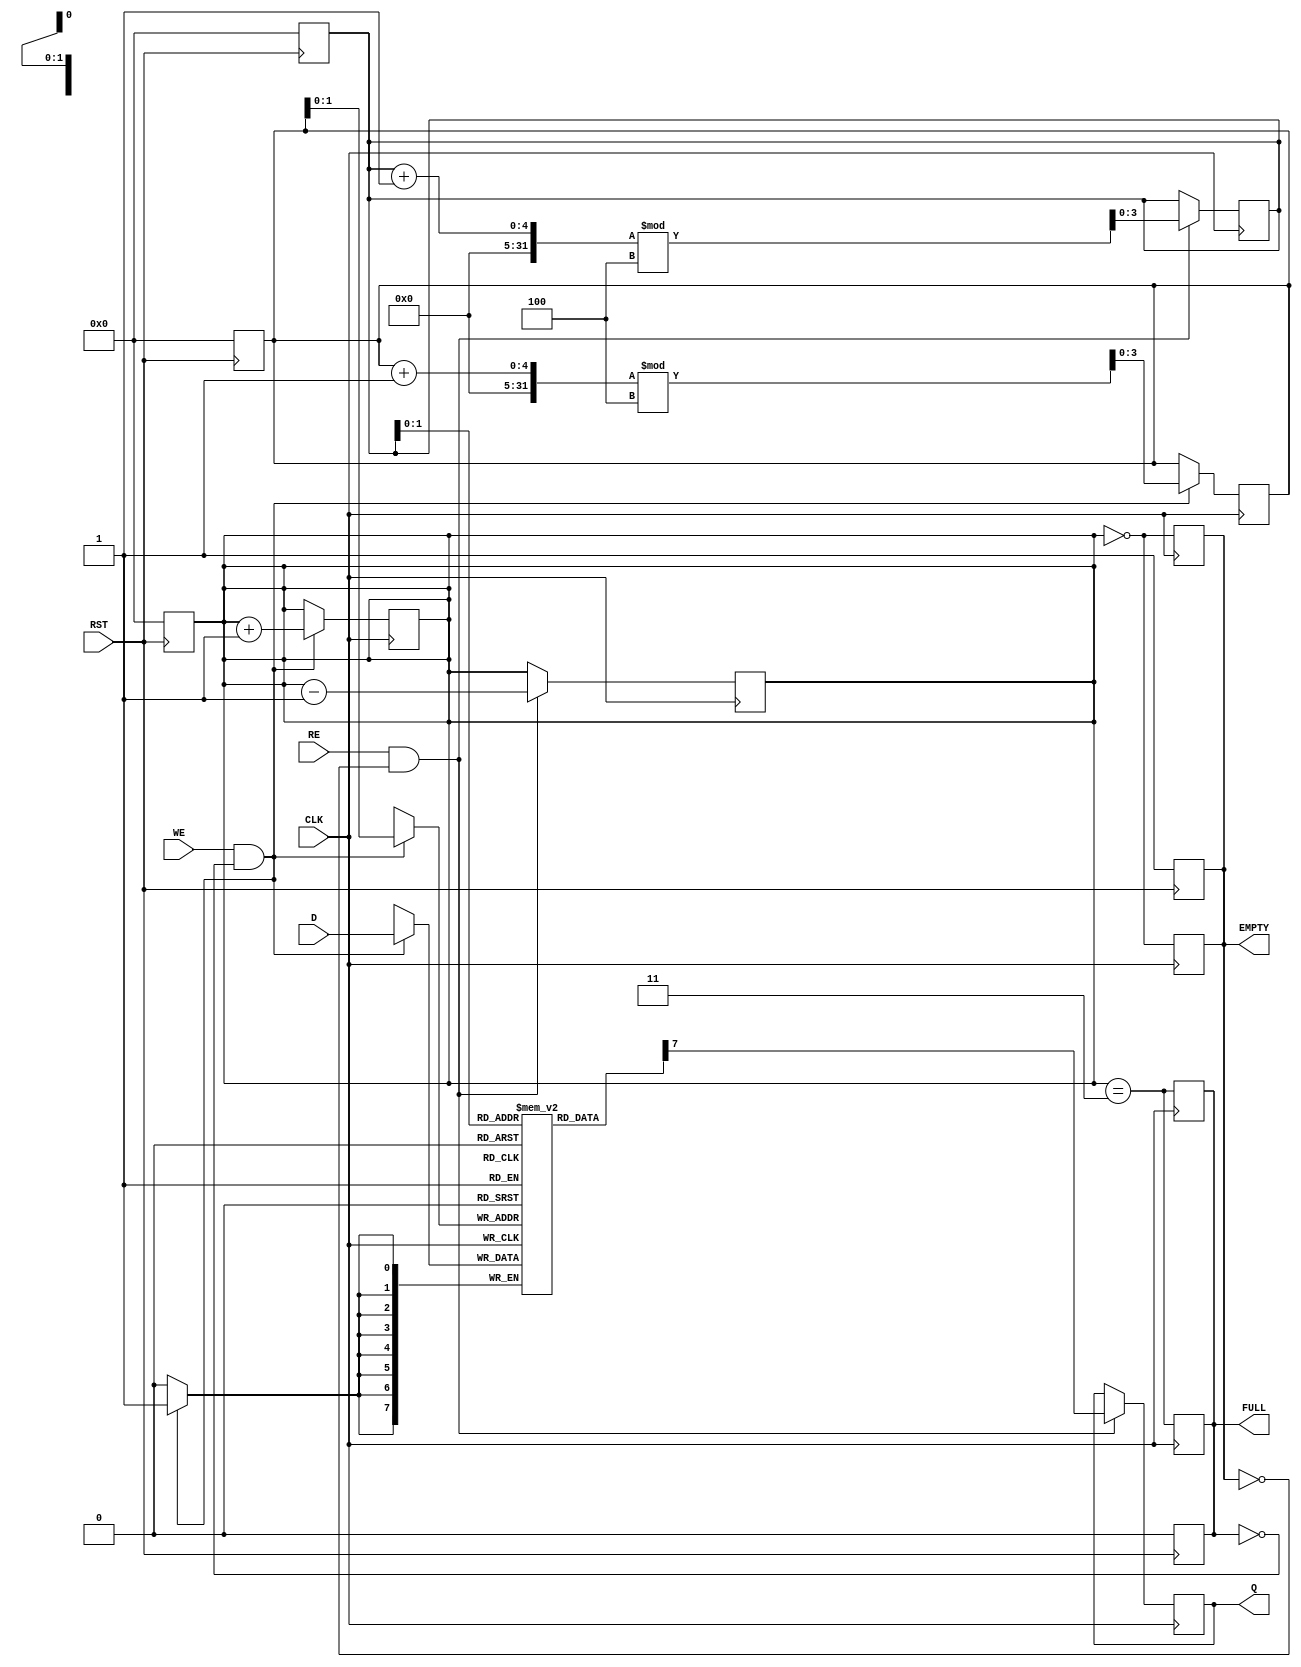
module FIFO_PISO #(
    parameter DATA_WIDTH = 8,   // Width of the parallel data input
    parameter FIFO_DEPTH = 4     // Depth of the FIFO (number of entries)
)(
    input  wire [DATA_WIDTH-1:0] D,     // Parallel data input
    input  wire WE,                      // Write enable
    input  wire RE,                      // Read enable
    input  wire CLK,                     // Clock signal
    input  wire RST,                     // Reset signal
    output reg  Q,                       // Serial output
    output reg  FULL,                    // Full flag
    output reg  EMPTY                    // Empty flag
);

    // Internal storage: FIFO array
    reg [DATA_WIDTH-1:0] fifo [0:FIFO_DEPTH-1];
    reg [FIFO_DEPTH-1:0] write_pointer;  // Pointer for writing data
    reg [FIFO_DEPTH-1:0] read_pointer;   // Pointer for reading data
    reg [3:0] count;                     // Count of items in FIFO

    // Asynchronous reset
    always @(posedge RST) begin
        FULL <= 1'b0;
        EMPTY <= 1'b1;
        write_pointer <= 0;
        read_pointer <= 0;
        count <= 0;
    end

    // Write operation
    always @(posedge CLK) begin
        if (WE && !FULL) begin
            fifo[write_pointer] <= D; // Write data to FIFO
            write_pointer <= (write_pointer + 1) % FIFO_DEPTH; // Increment write pointer
            count <= count + 1; // Increment count
        end
        // Update FULL and EMPTY flags
        FULL <= (count == FIFO_DEPTH - 1);
        EMPTY <= (count == 0);
    end

    // Read operation
    always @(posedge CLK) begin
        if (RE && !EMPTY) begin
            Q <= fifo[read_pointer][DATA_WIDTH-1]; // Output MSB of the current FIFO entry
            read_pointer <= (read_pointer + 1) % FIFO_DEPTH; // Increment read pointer
            count <= count - 1; // Decrement count
        end
        // Update FULL and EMPTY flags
        FULL <= (count == FIFO_DEPTH - 1);
        EMPTY <= (count == 0);
    end

endmodule